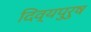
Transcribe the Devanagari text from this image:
दिव्यपुरुष